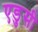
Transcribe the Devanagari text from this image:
एडुसी